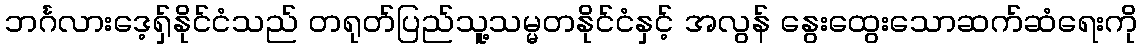
ဘင်္ဂလားဒေ့ရှ်နိုင်ငံသည် တရုတ်ပြည်သူ့သမ္မတနိုင်ငံနှင့် အလွန် နွေးထွေးသောဆက်ဆံရေးကို